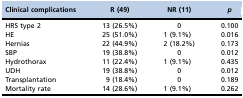
| Clinical complications | R (49) | NR (11) | p |
 | --- | --- | --- | --- |
 | HRS type 2 | 13 (26.5%) | 0 | 0.100 |
 | HE | 25 (51.0%) | 1 (9.1%) | 0.016 |
 | Hernias | 22 (44.9%) | 2 (18.2%) | 0.173 |
 | SBP | 19 (38.8%) | 0 | 0.012 |
 | Hydrothorax | 11 (22.4%) | 1 (9.1%) | 0.435 |
 | UDH | 19 (38.8%) | 0 | 0.012 |
 | Transplantation | 9 (18.4%) | 0 | 0.189 |
 | Mortality rate | 14 (28.6%) | 1 (9.1%) | 0.262 |